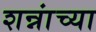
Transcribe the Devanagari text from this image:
शन्नांच्या